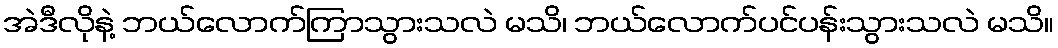
အဲဒီလိုနဲ့ ဘယ်လောက်ကြာသွားသလဲ မသိ၊ ဘယ်လောက်ပင်ပန်းသွားသလဲ မသိ။